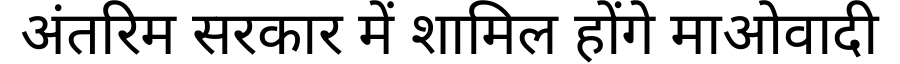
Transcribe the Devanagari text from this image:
अंतरिम सरकार में शामिल होंगे माओवादी